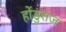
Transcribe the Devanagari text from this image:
होंडुराज